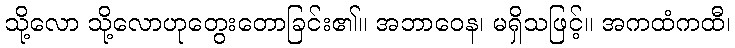
သို့လော သို့လောဟုတွေးတောခြင်း၏။ အဘာဝေန၊ မရှိသဖြင့်။ အကထံကထီ၊